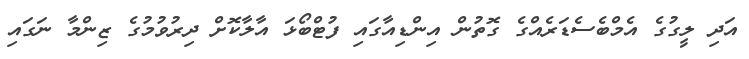
އަދި ލީގުގެ އެމްބެސެޑަރެއްގެ ގޮތުން އިންޑިއާގައި ފުޓްބޯޅަ އާލާކޮށް ދިރުވުމުގެ ޒިންމާ ނަގައި